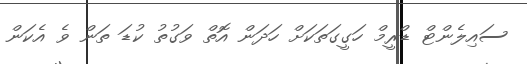
ސައިލެންޓް ޑްރީމް ހަގީގަތަކަށް ހަދަން އޮތް ވަގުތު ކުޑަ ތަން ވެ އެކަން